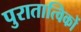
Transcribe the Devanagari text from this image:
पुरातात्विकों